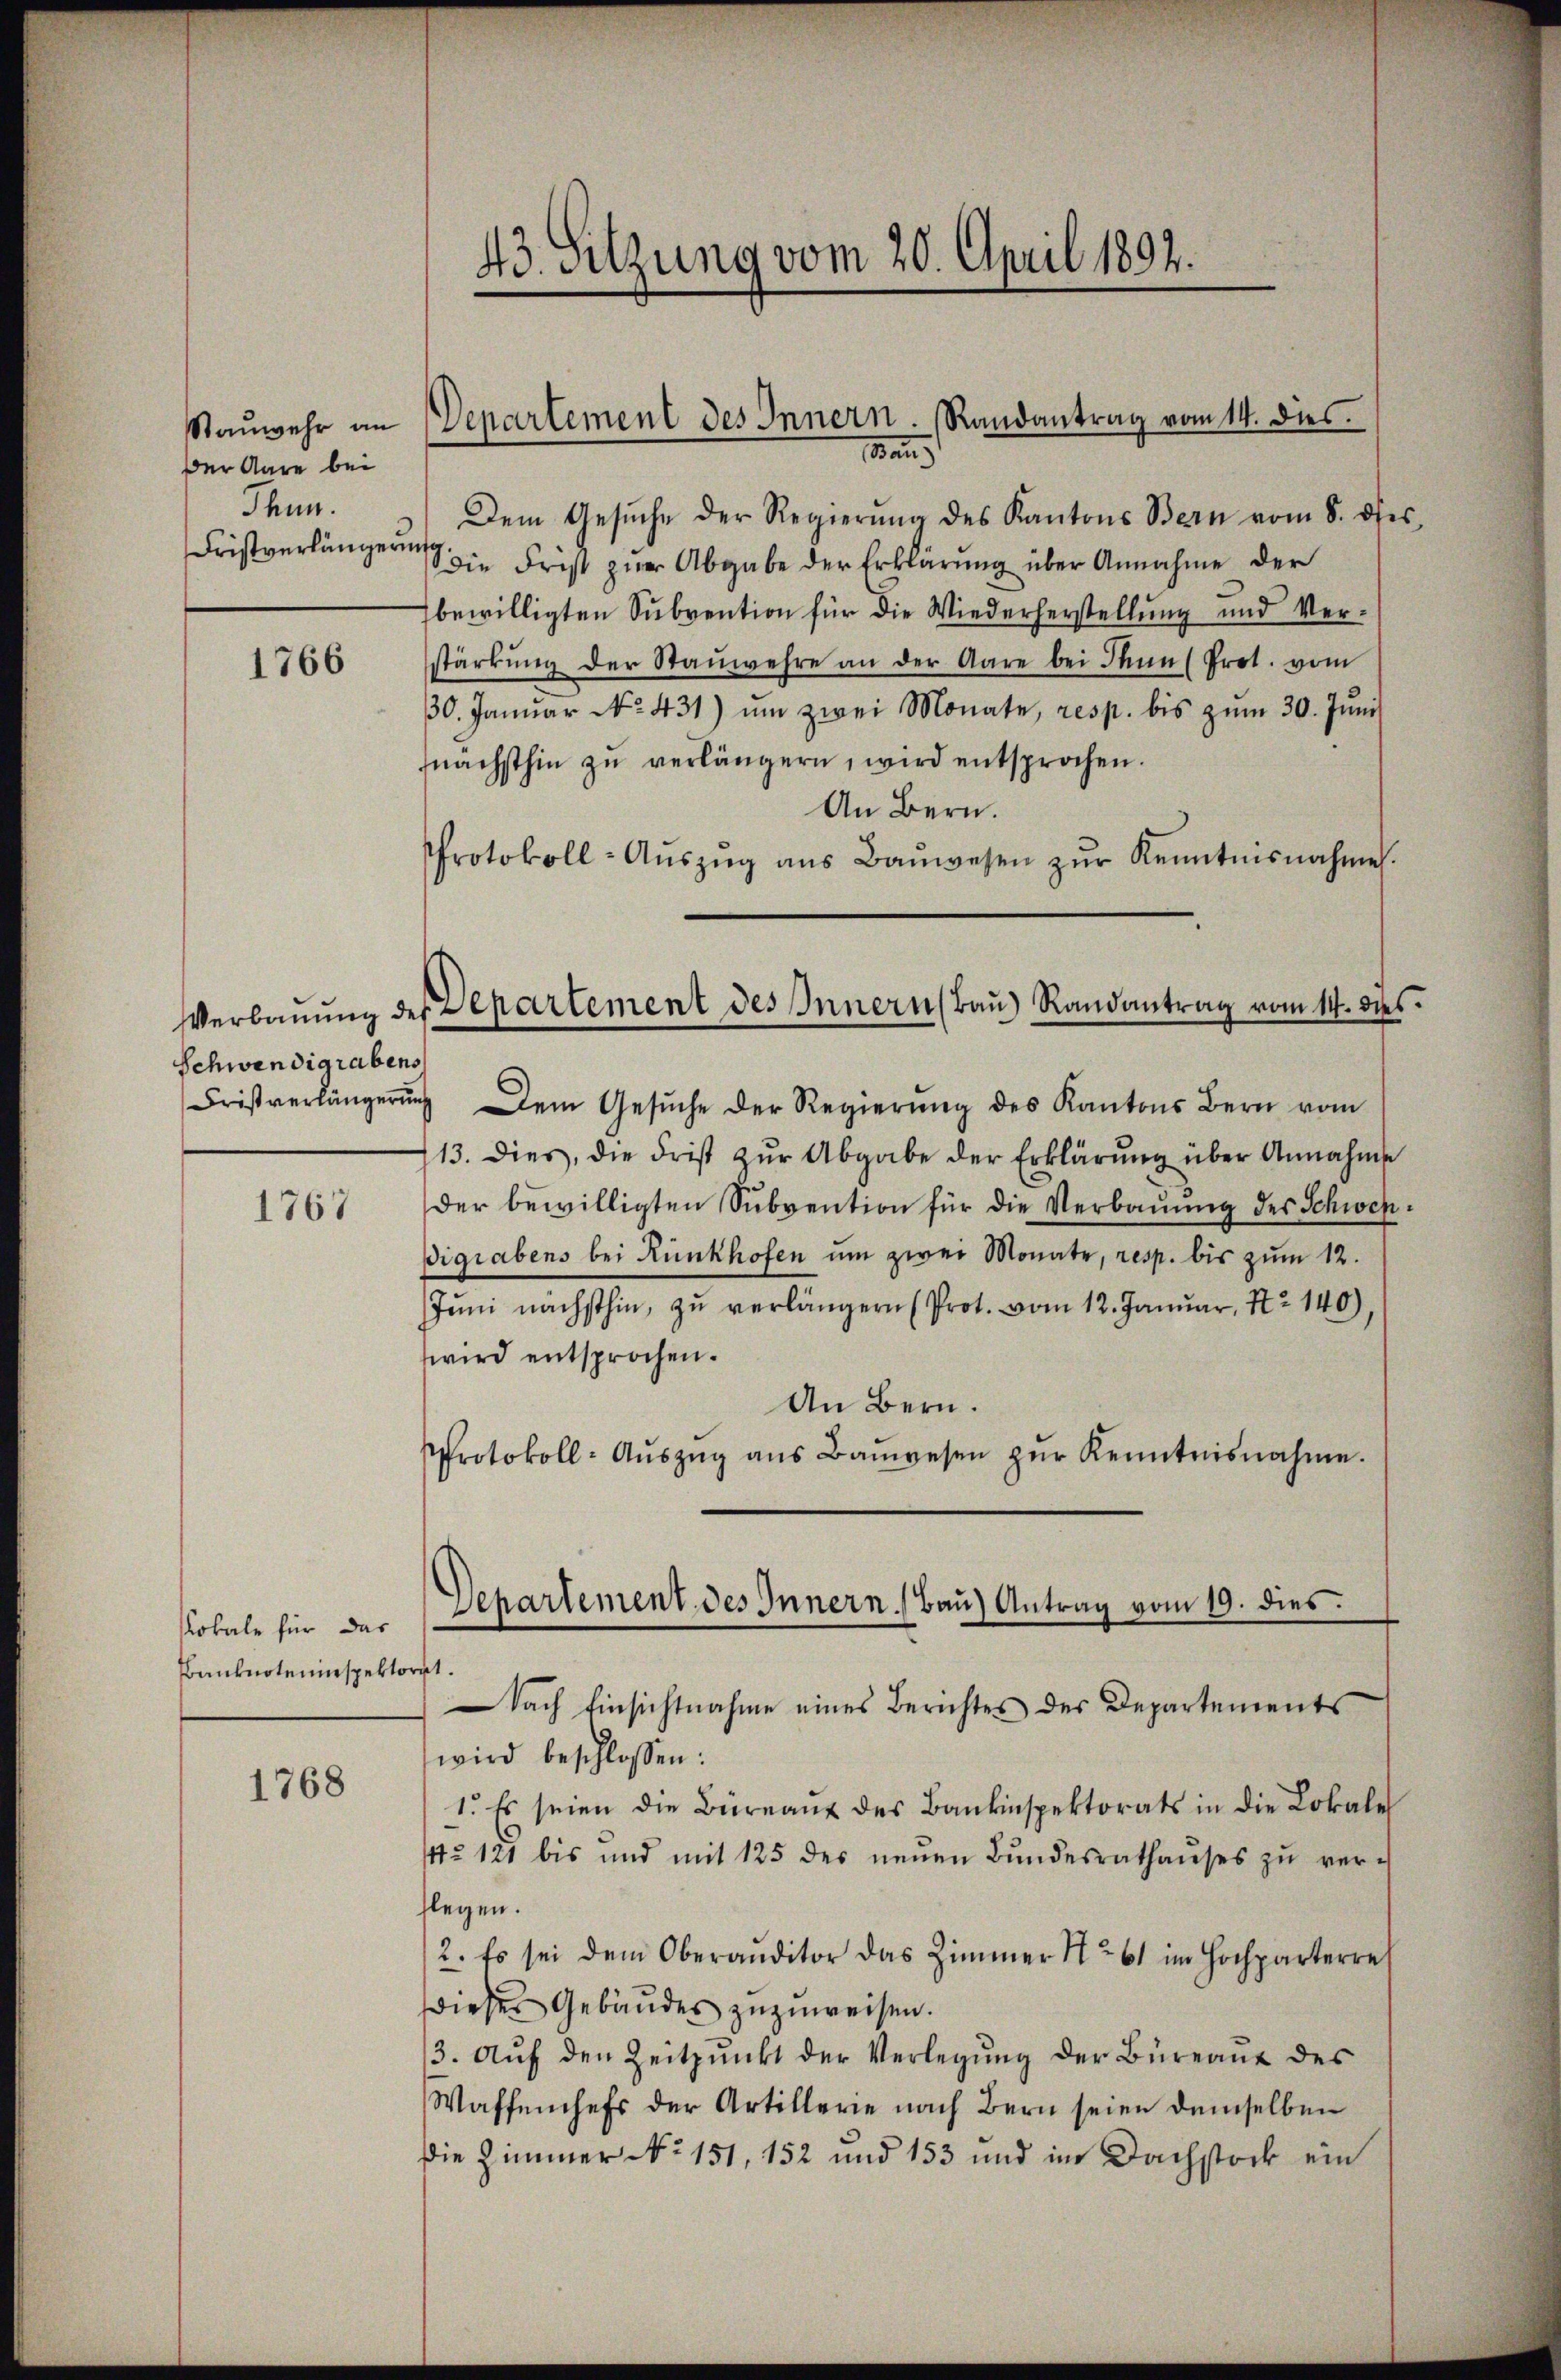
Stauwehr an
der Aare bei
dhun.

1766

Schwendigrabens

1767

Rokale für das
Banknoteninspektorat.

1768

43. Sitzung vom 20. April 1892.

Dem Gesŭche der Regierŭng des Kantons Bern vom 8. des
Fristverlängerung die Frist zur Abgabe der Erklärung über Annahme der
bewilligten Subvention für die Wiederherstellung und Ver-
stärkung der Stauwehre an der Aare bei dann (Prot. vom
30. Janŭar No. 431) ŭm zwei Monate, resp. bis zŭm 30. Jŭni
nächsthin zŭ verlängern, wird entsprochen.
An Bern.
Protokoll-Aŭszŭg ans Baŭwesen zŭr Kenntnisnahme.
Fristverlängerŭng dem Gesŭche der Regierŭng des Kantons Bern vom
713. dies, die Frist zŭr Abgabe der Erklärŭng über Annahme
der bewilligten Subvention für die Verbaŭŭng des Schwen¬
Vigrabens bei Runkhofen um zwei Monate, resp. bis zum 12.
Jŭni nächsthin, zŭ verlängern (Prot. vom 12. Januar, No 140),
wird entsprochen.
An Bern.
Protokoll-Aŭszŭg ans Baŭwesen zŭr Kenntnisnahme.
Nach Einsichtnahme eines Berichtes des Departements
wird beschlossen:
1. Es seien die Büreaus des Bankinspektorats in die Lokale
° 121 bis und mit 125 des neŭen Bŭndesrathaŭses zŭ ver-
flegen.
2. Es sei dem Oberauditor das Zimmer No 61 im Hochparterre
dieses Gebäudes zuzuweisen.
3. Aŭf den Zeitpunkt der Verlegŭng der Büreaŭs des
Waffenhefs der Artillerie nach Bern seien demselben
Die Zimmer No. 151, 152 und 153 und im Dachstock ein

Departement des Innern. Randantrag vom 14. dies

Verbauung des Departement des Innern (Bau) Randantrag vom 14. dies

Departement des Innern (Bau) Antrag vom 19. dies